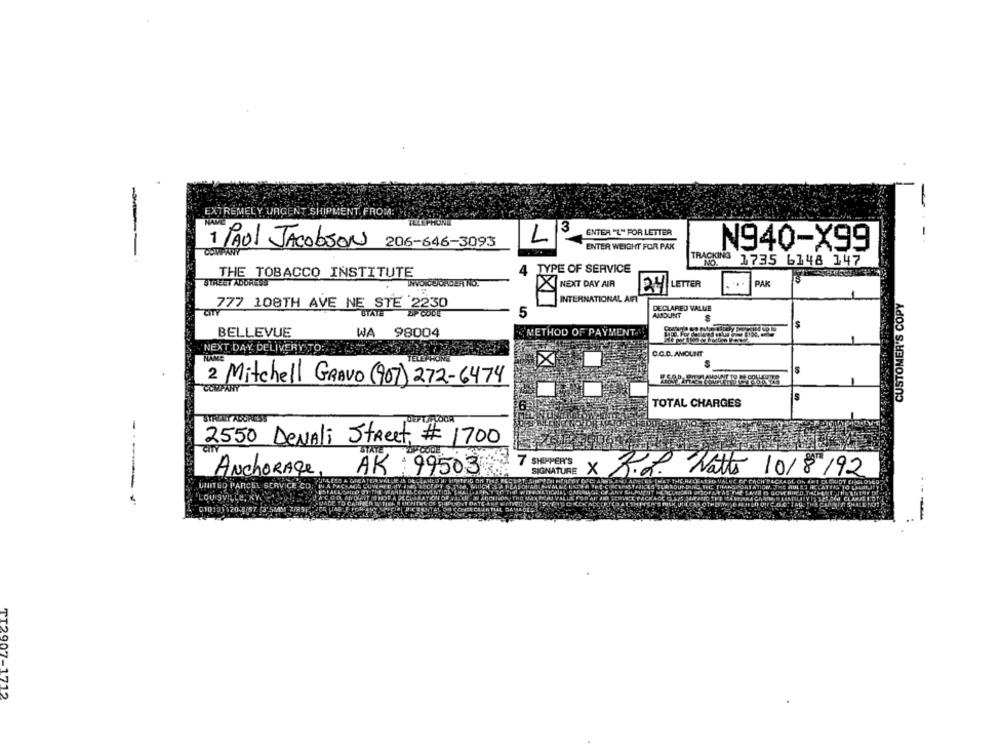
EXTREMELY URGENT SHIPMENT. FROM:
3
ENTER "L" FOR LETTER
L
PAUL JACObson
206-646-3093
ENTER WEIGHT FOR PAK
N940-X99
COMPANY
TRACKING
NO.
1735 6148 147
4 TYPE OF SERVICE
THE TOBACCO INSTITUTE
STREET ADDRESS
NEXT DAY AIR
LETTER
PAK
34
INTERNATIONAL AIR
CUSTOMER'S COPY
777 108TH AVE NE STE 2230
DECLARED VALUE
STATE
ZIP CODE
5
AMOUNT
$
WA
METHOD OF PAYMENT.
BELLEVUE
98004
'NEXT DAY DELIVERY TO:
C.C.D. AMOLNIT
TELEARON
2 Mitchell GRAVO (907) 272-6474
COMPANY
TOTAL CHARGES
2550 DenAli Street # 1700
7 SHIPPER'S
Anchorage,
AK : 99503
SIGNATURE
x
R.L. Watto 10/8/92
THAT THE.R
UNITED PARCEL SERVICE CO.
ICAMISTAICES SURROUND
OU SVILLE, XY
----
01013)120 5/57 (3'5MM 2/89]
---
TI2907-1712